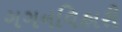
ગગનવિહારી